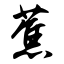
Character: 蕉